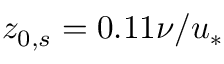
z _ { 0 , s } = 0 . 1 1 \nu / u _ { * }